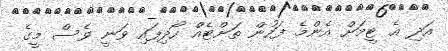
އަދި އެ ޓީމަށް އެންމެ ފަހުން ތަށްޓެއް ހޯދިފައި ވަނީ ވެސް މީގެ